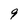
Character: 9